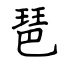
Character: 琶